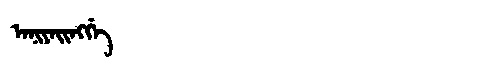
Manchu: ᠠᠨᡳᠶᠠᡳᠩᡤᡝ
Romanization: ANIYAINGGE